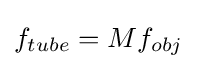
f_{tube}=Mf_{obj}